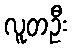
လူတဦး